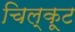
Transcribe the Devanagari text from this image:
चिल्कूट